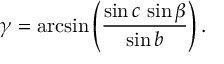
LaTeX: \gamma = \arcsin \left( { \frac { \sin c \, \sin \beta } { \sin b } } \right) .